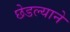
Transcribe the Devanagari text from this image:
छेडल्याने